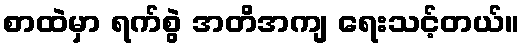
စာထဲမှာ ရက်စွဲ အတိအကျ ရေးသင့်တယ်။